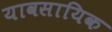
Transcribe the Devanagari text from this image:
यावसायिक